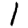
Digit: 1